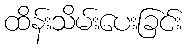
ထိန်းသိမ်းပေးခြင်း